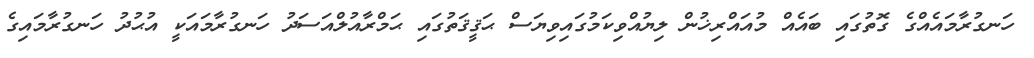
ހަނގުރާމައެއްގެ ގޮތުގައި ބައެއް މުއައްރިޚުން ލިޔުއްވިކަމުގައިވިޔަސް ޙަޤީޤަތުގައި ޙަމްރާއުލްއަސަދު ހަނގުރާމައަކީ އުޙުދު ހަނގުރާމައިގެ